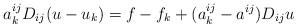
LaTeX: \begin{align*}a^{ij}_k D_{ij} (u-u_k) = f-f_k + (a^{ij}_k-a^{ij}) D_{ij} u\end{align*}